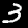
Label: 3